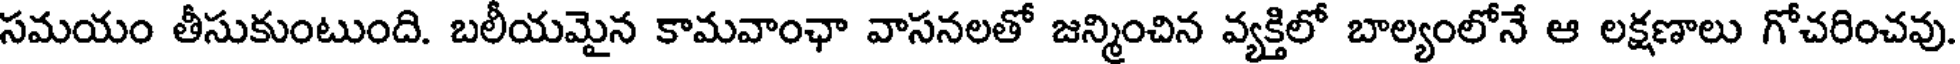
సమయం తీసుకుంటుంది. బలీయమైన కామవాంఛా వాసనలతో జన్మించిన వ్యక్తిలో బాల్యంలోనే ఆ లక్షణాలు గోచరించవు